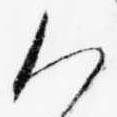
御